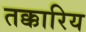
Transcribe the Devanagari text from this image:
तक्कारिय